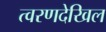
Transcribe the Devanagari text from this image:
त्वरणदेखिल